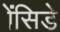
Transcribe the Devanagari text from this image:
ॲसिडे